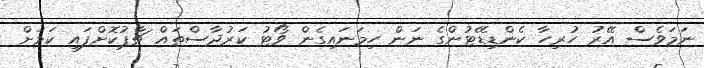
ނަމަވެސް އޭރު ހުރިހާ ކެންޑިޑޭޓުންގެ ނަން ހިމަނައިގެން ވޯޓު ކަރުދާސްތައް ޗާޕުކޮށްފައި ކަމަށް